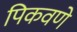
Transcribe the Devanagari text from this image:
पिकवणे